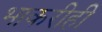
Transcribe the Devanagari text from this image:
भाकरीही